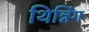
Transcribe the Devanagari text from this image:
थिन्निंग